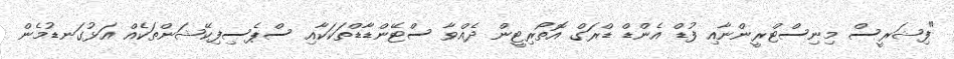
"ފިޝަރީސް މިނިސްޓްރީންނާއި ފުޑް އެންޑް ޑްރަގް އޮތޯރިޓީން ދެއްވާ ސްޓޭންޑާޑްތަކަކާއި ސްޕެސިފިކޭޝަންތަކެއް އަޅުގަނޑުމެން